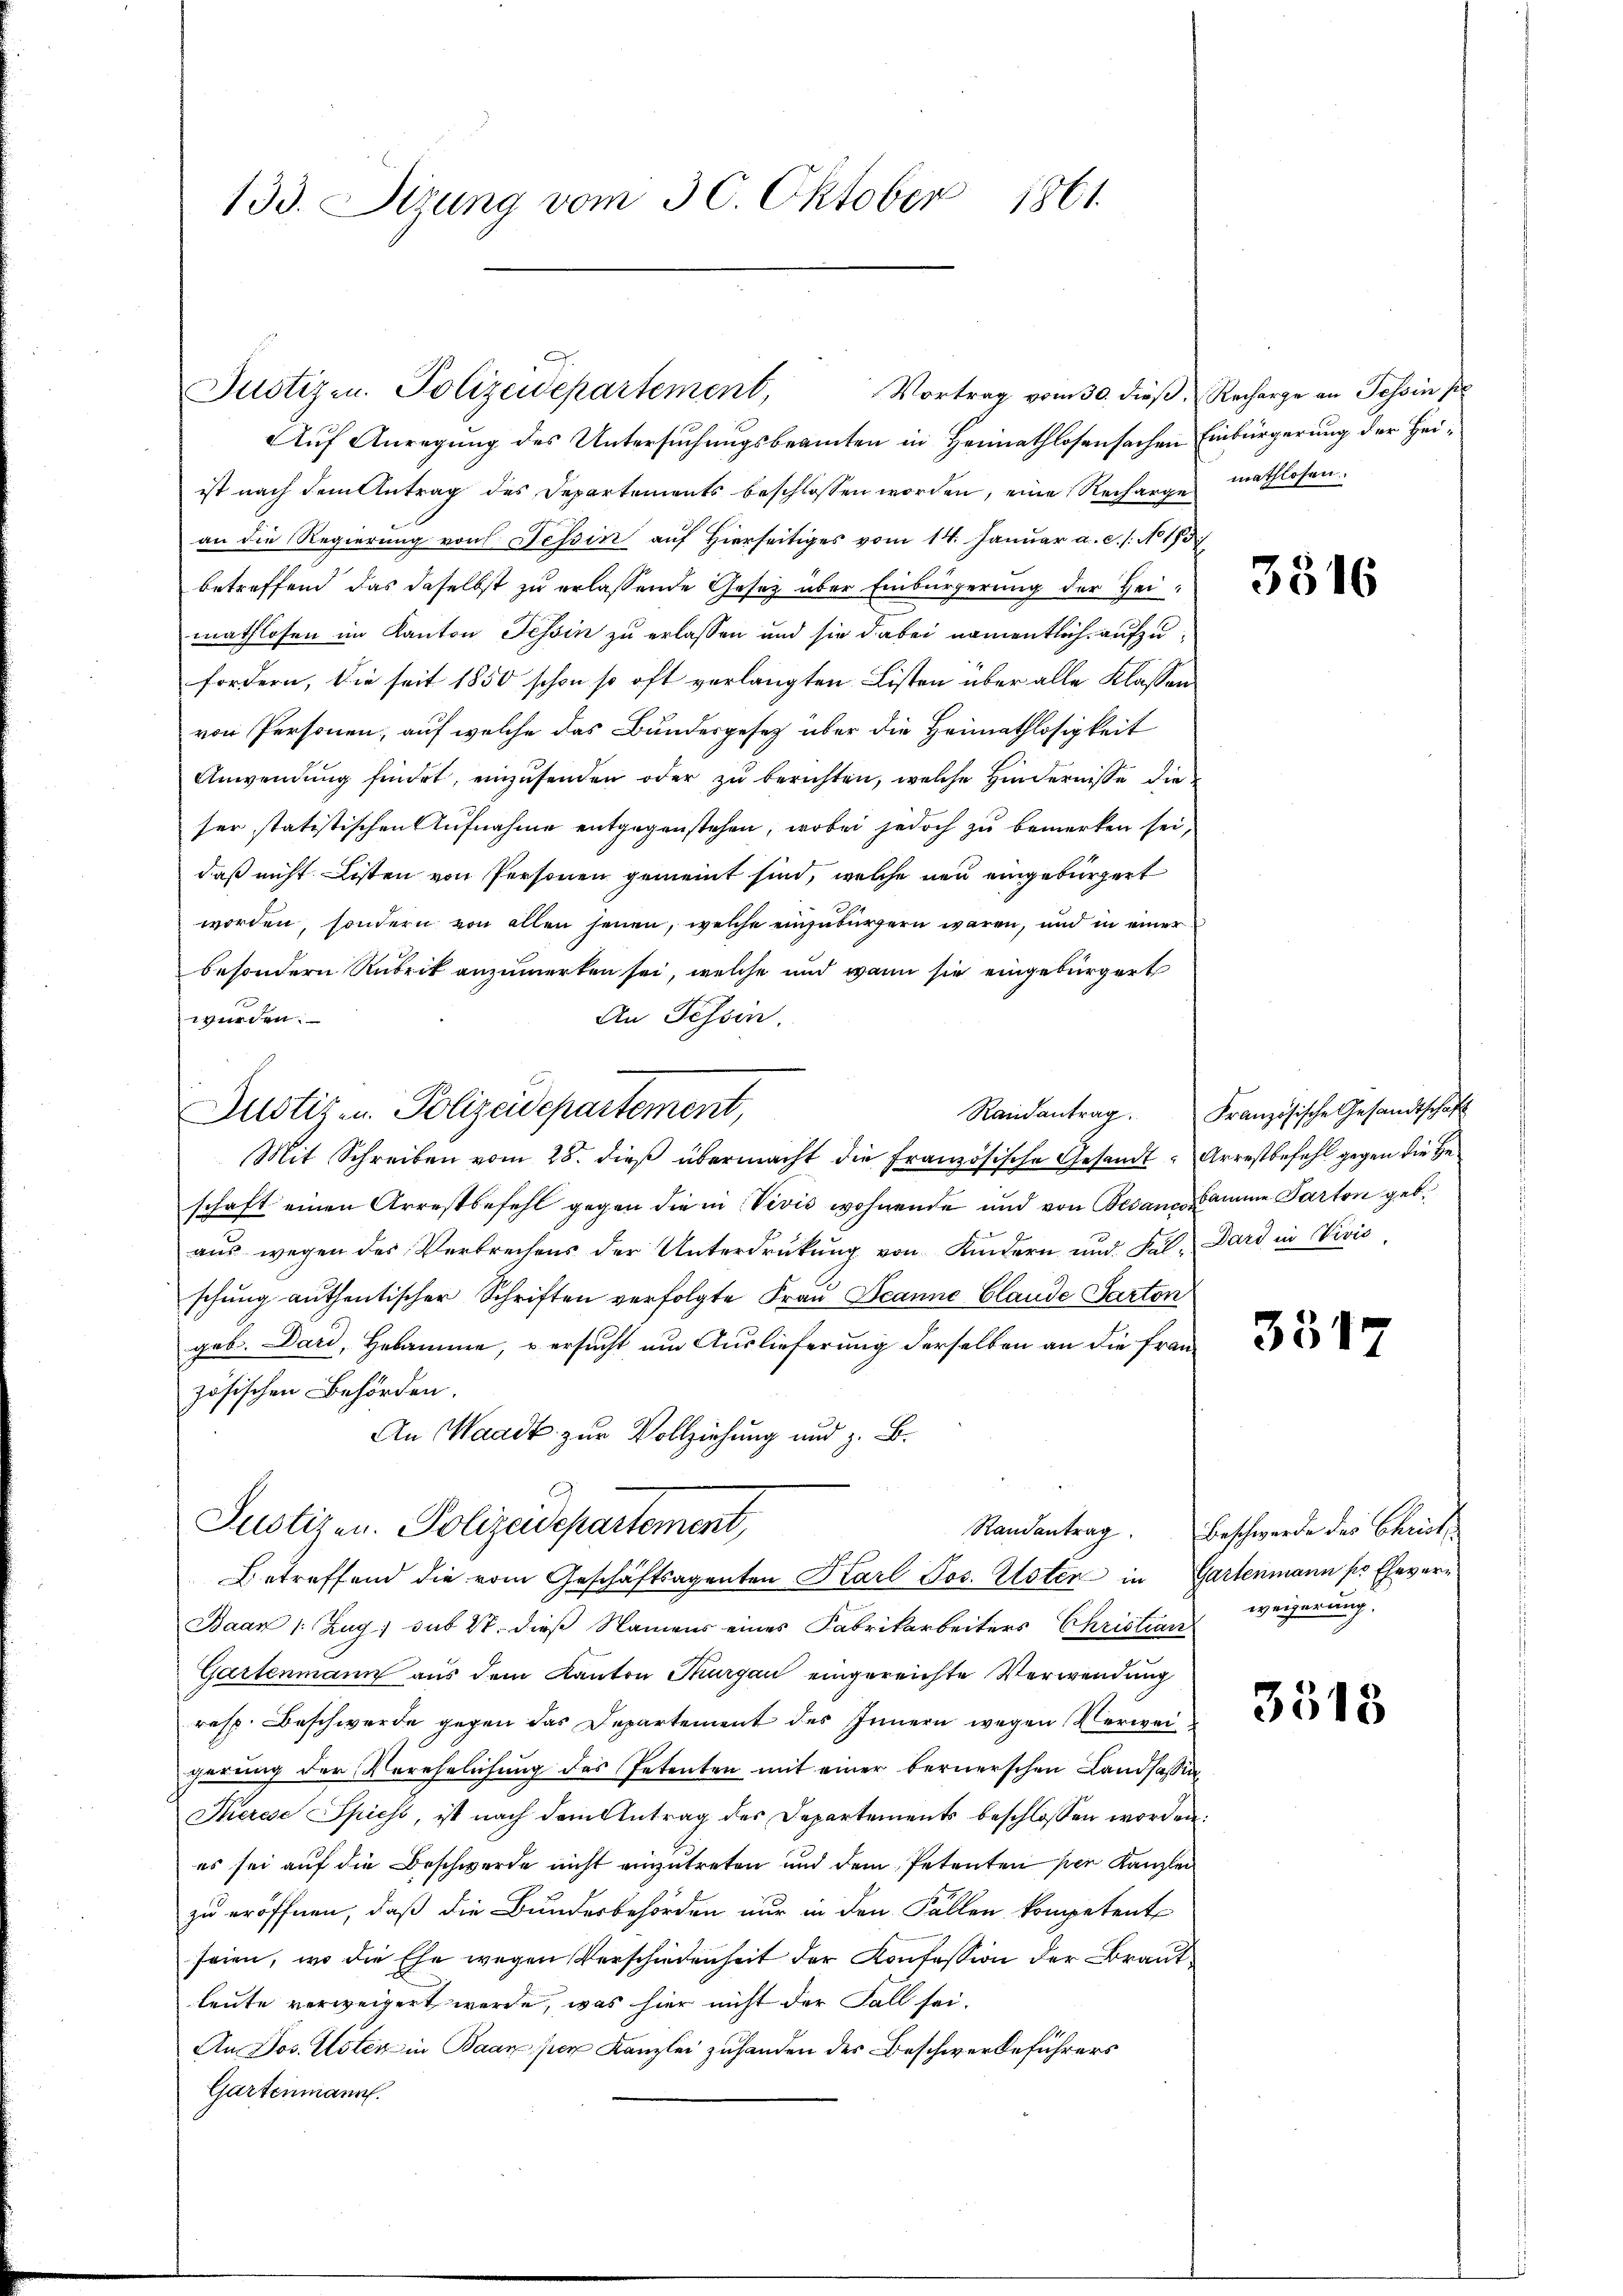
133. Sizung vom 30. Oktober 1861.

Justizen. Polizeidepartement,

Auf Anregung des Untersuchungsbeamten in Heimathlosensachen Einbürgerung der Heiist nach dem Antrag des Departements beschlossen worden, eine Recharge mathlosen
an die Regierung von Tessin auf Hierseitiges vom 14. Januar a.c. s. No 173
betreffend das daselbst zu erlassende Gesetz über Einbürgerung der Heimathlosen im Kanton Tessin zu erlassen und sie dabei namentlich aufzufordern, die seit 1850 schon so oft verlangten Listen über alle Klassen
von Personen, auf welche das Bundesgesetz über die Heimathlosigkeit
Anwendung findet, einzusenden oder zu berichten, welche Hindernisse die
ser statistischen Aufnahme entgegenstehen, wobei jedoch zu bemerken sei,
daß nicht Listen von Personen gemeint sind, welche neu eingebürgert
worden, sondern von allen jenen, welche einzubürgern waren, und in einer
besondern Rubrik anzumerken sei, welche und wann sie eingebürgert
An Tessin.
wurden.
Mit Schreiben vom 28. dieß übermacht die Französische Gesandt Arrestbefehl gegen die He
schaft einen Arrestbefehl gegen die in Vević wohnende und von Bedance samme Parten geb.
aŭs wegen des Verbrechens der Unterdrŭkŭng von Kindern und Fal-Dard in Vivis
schung authentischer Schriften verfolgte Frau Jeanne Claude Parton
geb. Dari, Hebamme, u. ersucht um Auslieferung derselben an die Französischen Behörden.
An Waadt zur Vollziehung und z. B.
Justizen Polizeidepartement,
Randantrag.
Betreffend die vom Geschäftsagenten Karl Jos. Elsten in Gartenmann pr Ehever¬
Baan 1: Zug; sub 20. dieß Namens eines Fabrikarbeiters Christian
Gartenmann aus dem Kanton Thurgau eingereichte Verwendung
resp. Beschwerde gegen das Departement des Innern wegen Verweigerung der Verehelichung des Petenten mit einer bernerschen Landsassin¬
Therese Spiest, ist nach dem Antrag des Departements beschlossen worden:
es sei auf die Beschwerde nicht einzutreten und dem Petenten per Kanzlei
zu eröffnen, daß die Bundesbehörden nur in den Fällen kompetent
seien, wo die Ehe wegen Verschiedenheit der Konfession der Brautleute verweigert werde, was hier nicht der Fall sei.
An Jos. Uster in Baar per Kanzlei zuhanden des Beschwerdeführers
Gartenmann.

Justiz- u. Polizeidepartement,

Randantrag.

Vortrag vom 30. dieß, Recharge an Tessin pr

3316

Französische Gesandtschaft

3517

Beschwerde des Christ
weigerung.

3518